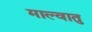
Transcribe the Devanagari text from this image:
माल्वातु